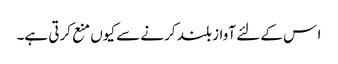
ا س کے لئے آواز بلند کرنے سے کیوں منع کرتی ہے۔